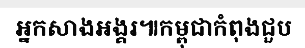
អ្នកសាងអង្គរ៕កម្ពុជាកំពុងជួប